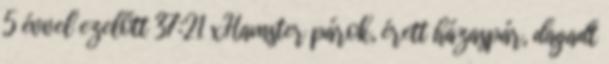
5 évvel ezelőtt 37:21 xHamster párok, érett házaspár, dagadt